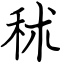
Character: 秫